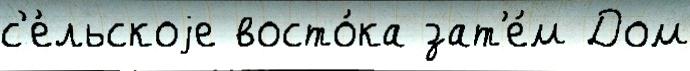
с'е́льскоjе восто́ка зат'е́м Дом